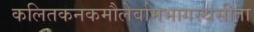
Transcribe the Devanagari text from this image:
कलितकनकमौलेर्वामभागस्थसीता